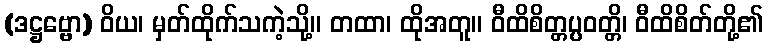
(ဒဋ္ဌဗ္ဗော) ဝိယ၊ မှတ်ထိုက်သကဲ့သို့။ တထာ၊ ထိုအတူ။ ဝီထိစိတ္တပ္ပဝတ္တိ၊ ဝီထိစိတ်တို့၏